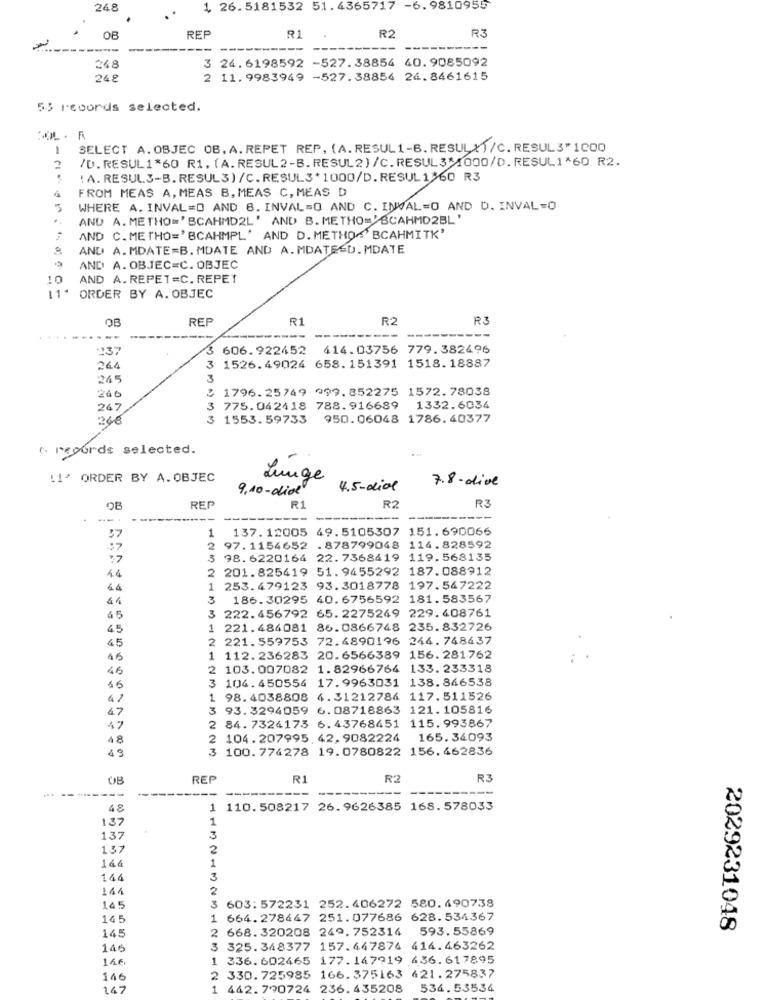
248
1 26. 5181532 51.4365717 -6. 9810955
R3
OB
REP
R1
R2
----------
----
3 24.6198592 -527.38854 40.9085092
248
248
2 11.9983949 -527.38854 24.8461615
55 records selected.
SOL - R
SELECT A. OBJEC OB, A. REPET REP, (A. RESUL1-B. RESUL?)/C. RESUL 3" 1000
/D. RESUL 1*60 R1, (A. RESUL2-B. RESUL2) /C.RESUL3*1000/D.RESUL1*60 R2.
! A. RESUL3-B. RESUL3) /C. RESUL3*1000/D.RESUL160 R3
FROM MEAS A, MEAS B, MEAS C, MEAS D
3
WHERE A. INVAL=D AND 8. INVAL=O AND C. INVAL=O AND D. INVAL=0
..
AND A. METHO=' BCAHMD2L' AND B. METHO='BCAHMD2BL'
AND C. METHO='BCAHMPL' AND D. METHO."BCAHMITK'
AND A.MDATE=B. MDATE AND A. MDATESD.MDATE
AND A. OBJEC=C. OBJEC
10
AND A. REPET=C. REPET
ORDER BY A. OBJEC
OB
REP
R1
R2
R3
---
237
3 606.922452
414.03756 779.382496
264
3
1526.49024 658.151391 1518.18887
245
3
: 1796.25749 999.852275 1572.78038
200
247
3 775.042418 788.916689 1332.6034
246
3 1553.59733
950.06048 1786.40377
* regards selected.
!1^ ORDER BY A. OBJEC
Luge
7.8-dive
9.10-diol
4.5-dial
REF
R1
R2
R3
--
-
---
----
1
137.12005 49.5105307 151.690066
37
97.1154652 . 878799048 114.828592
3 98.6220164 22.7368419 119.568135
2 201.825419 51.9655292 187.088912
1.4
44
1 253.479123 93.3018778 197.547222
3
186.30295 40.6756592 181.583567
3 222.456792 65.2275249
45
229.408761
45
1 221.484081 86.0866748 235.832726
45
2 221.559753 72.4890196 244.748437
15
112.236283 20.6566389 156.281762
45
2 103.007082 1.82966764 133.233318
104. 450554 17.9963031 138.846538
15
1 98.4038808 4.31212784 117.511526
47
3 93.3294059 6.08718863 121.105816
2 84. 7324173 6.43768451 115. 993867
47
48
2 104. 207995. 42, 9082224 165. 36093
3 100. 774278 19. 0780822 156. 462836
49
OB
REP
R1
R2
R3
--
-----
48
1 110.508217 26.9626385 168.578033
137
1
137
3
137
2
166
1
144
3
111
2
3 603:572231 252.406272 580. 490738
145
145
1 664.278447 251.077686 628.534367
145
2 668. 320208 249. 752314 593.55869
2029231048
146
3 325.348377 157.447874 414.463262
14€
1 336. 602465 177.147919 436.617895
146
2 330.725985 166. 375163 421.275837
147
1 442.790724 236.435208
534.53534